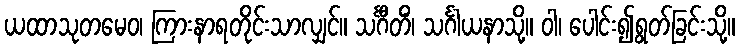
ယထာသုတမေဝ၊ ကြားနာရတိုင်းသာလျှင်။ သင်္ဂီတိံ၊ သင်္ဂါယနာသို့။ ဝါ၊ ပေါင်း၍ရွတ်ခြင်းသို့။